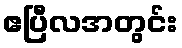
ဧပြီလအတွင်း